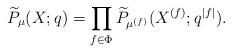
LaTeX: \begin{align*} \widetilde{P}_\mu(X;q) = \prod_{f \in \Phi} \widetilde{P}_{\mu^{(f)}}(X^{(f)};q^{|f|}).\end{align*}